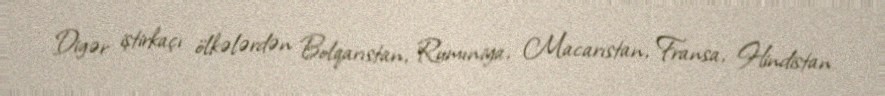
Digər iştirkaçı ölkələrdən Bolqarıstan, Rumıniya, Macarıstan, Fransa, Hindistan